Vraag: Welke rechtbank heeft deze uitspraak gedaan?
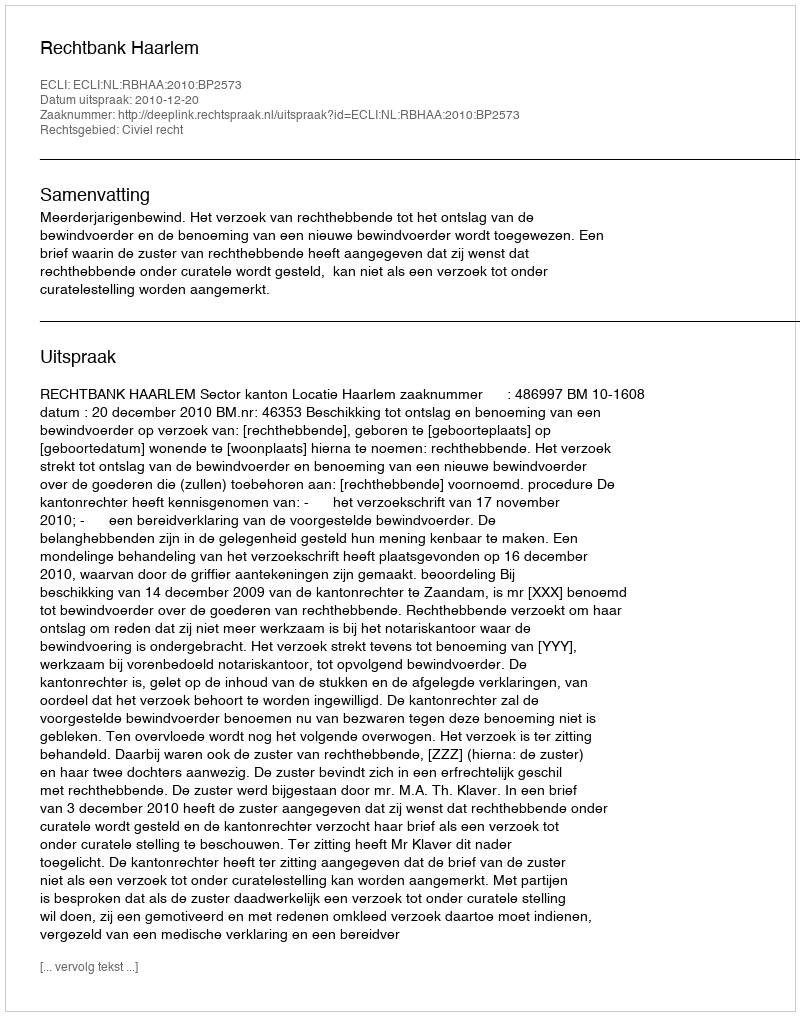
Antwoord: Rechtbank Haarlem